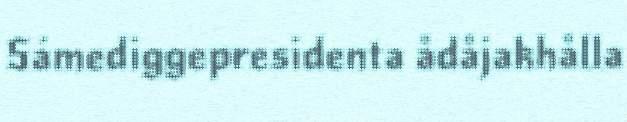
Sámediggepresidenta ådåjakhålla